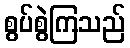
စွပ်စွဲကြသည်